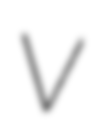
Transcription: V